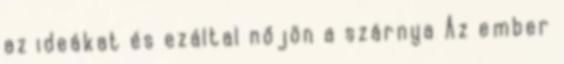
az ideákat és ezáltal nőjön a szárnya Az ember